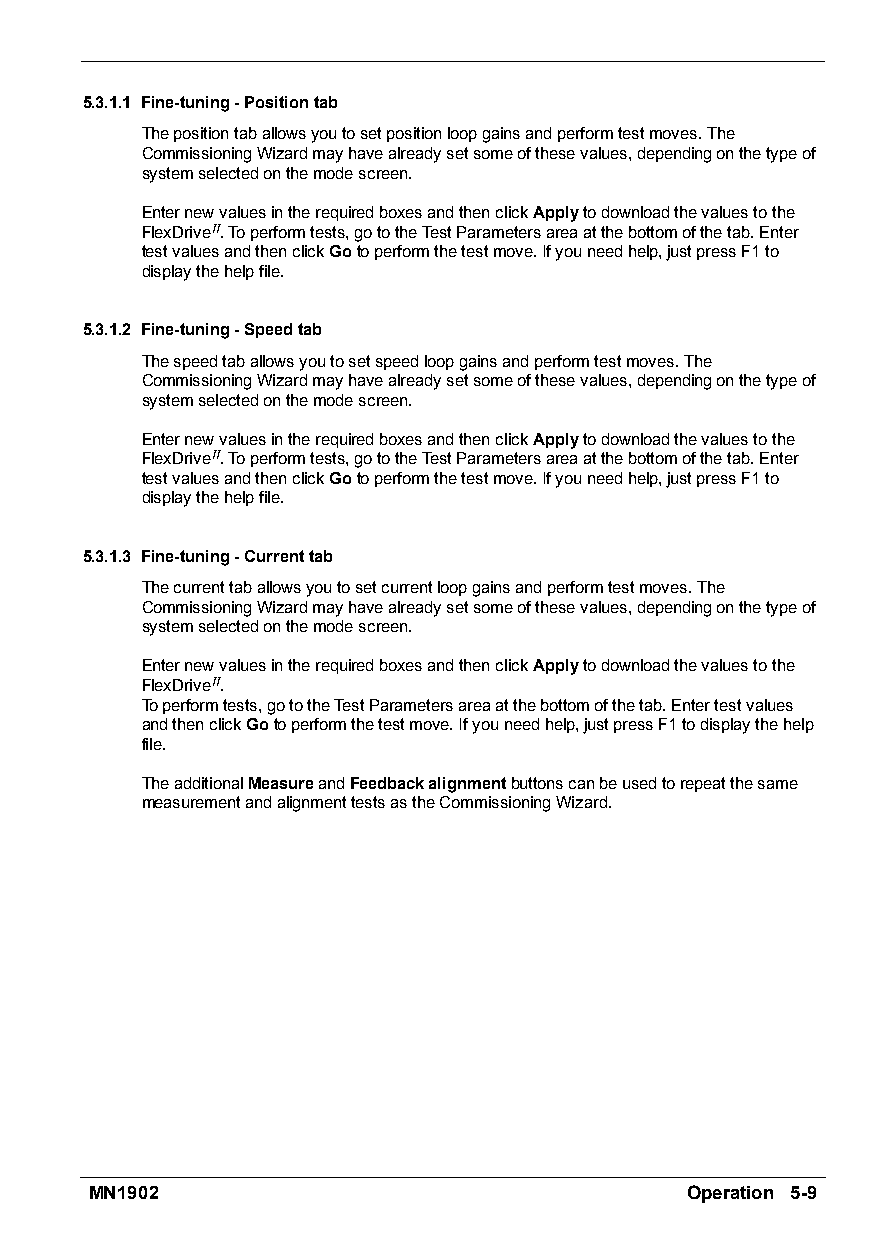
5.3.1.1 Fine-tuning-Positiontab
 Thepositiontaballowsyoutosetpositionloopgainsandperformtestmoves.The
 CommissioningWizardmayhavealreadysetsomeofthesevalues,dependingonthetypeof
 systemselectedonthemodescreen.
 EnternewvaluesintherequiredboxesandthenclickApplytodownloadthevaluestothe
 FlexDriveII.Toperformtests,gototheTestParametersareaatthebottomofthetab.Enter
 testvaluesandthenclickGotoperformthetestmove.Ifyouneedhelp,justpressF1to
 displaythehelpfile.
 5.3.1.2 Fine-tuning-Speedtab
 Thespeedtaballowsyoutosetspeedloopgainsandperformtestmoves.The
 CommissioningWizardmayhavealreadysetsomeofthesevalues,dependingonthetypeof
 systemselectedonthemodescreen.
 EnternewvaluesintherequiredboxesandthenclickApplytodownloadthevaluestothe
 FlexDriveII.Toperformtests,gototheTestParametersareaatthebottomofthetab.Enter
 testvaluesandthenclickGotoperformthetestmove.Ifyouneedhelp,justpressF1to
 displaythehelpfile.
 5.3.1.3 Fine-tuning-Currenttab
 Thecurrenttaballowsyoutosetcurrentloopgainsandperformtestmoves.The
 CommissioningWizardmayhavealreadysetsomeofthesevalues,dependingonthetypeof
 systemselectedonthemodescreen.
 EnternewvaluesintherequiredboxesandthenclickApplytodownloadthevaluestothe
 FlexDriveII.
 Toperformtests,gototheTestParametersareaatthebottomofthetab.Entertestvalues
 andthenclickGotoperformthetestmove.Ifyouneedhelp,justpressF1todisplaythehelp
 file.
 TheadditionalMeasureandFeedbackalignmentbuttonscanbeusedtorepeatthesame
 measurementandalignmenttestsastheCommissioningWizard.
 MN1902                                 Operation 5-9